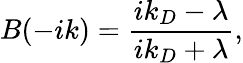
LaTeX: B(-ik)=\frac{ik_{D}-\lambda}{ik_{D}+\lambda},